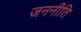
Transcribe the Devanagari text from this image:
जननीति